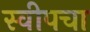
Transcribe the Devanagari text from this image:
स्वीपचा